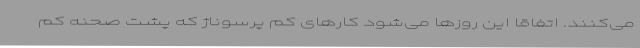
می‌کنند. اتفاقا این روزها می‌شود کارهای کم پرسوناژ که پشت صحنه کم